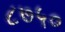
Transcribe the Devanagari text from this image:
८७५०